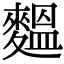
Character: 𪍝